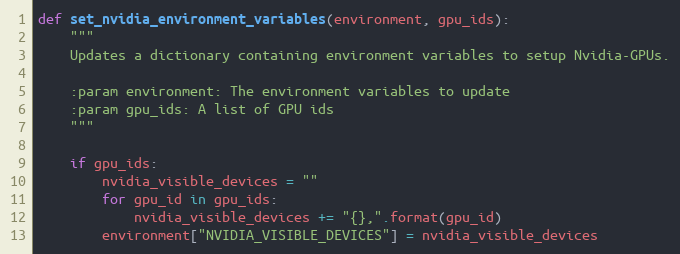
Language: Python
def set_nvidia_environment_variables(environment, gpu_ids):
    """
    Updates a dictionary containing environment variables to setup Nvidia-GPUs.

    :param environment: The environment variables to update
    :param gpu_ids: A list of GPU ids
    """

    if gpu_ids:
        nvidia_visible_devices = ""
        for gpu_id in gpu_ids:
            nvidia_visible_devices += "{},".format(gpu_id)
        environment["NVIDIA_VISIBLE_DEVICES"] = nvidia_visible_devices